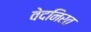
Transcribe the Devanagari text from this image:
वेदनिरत